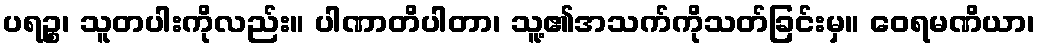
ပရဉ္စ၊ သူတပါးကိုလည်း။ ပါဏာတိပါတာ၊ သူ့၏အသက်ကိုသတ်ခြင်းမှ။ ဝေရမဏိယာ၊